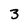
Character: 3